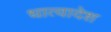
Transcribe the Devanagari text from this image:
धात्वादेश